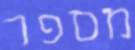
מספר